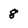
Character: 8